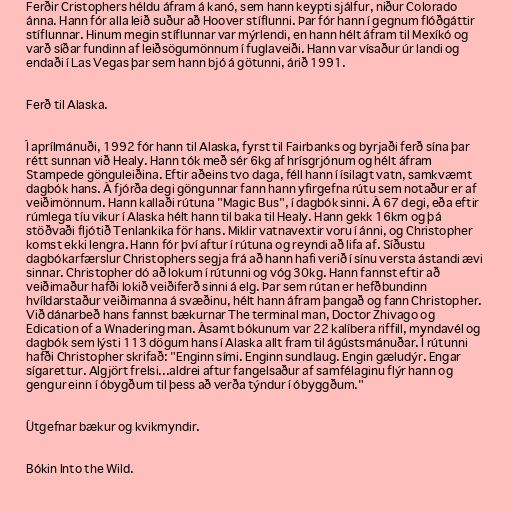
Ferðir Cristophers héldu áfram á kanó, sem hann keypti sjálfur, niður Colorado
ánna. Hann fór alla leið suður að Hoover stíflunni. Þar fór hann í gegnum flóðgáttir
stíflunnar. Hinum megin stíflunnar var mýrlendi, en hann hélt áfram til Mexíkó og
varð síðar fundinn af leiðsögumönnum í fuglaveiði. Hann var vísaður úr landi og
endaði í Las Vegas þar sem hann bjó á götunni, árið 1991.

Ferð til Alaska.

Í aprílmánuði, 1992 fór hann til Alaska, fyrst til Fairbanks og byrjaði ferð sína þar
rétt sunnan við Healy. Hann tók með sér 6kg af hrísgrjónum og hélt áfram
Stampede gönguleiðina. Eftir aðeins tvo daga, féll hann í ísilagt vatn, samkvæmt
dagbók hans. Á fjórða degi göngunnar fann hann yfirgefna rútu sem notaður er af
veiðimönnum. Hann kallaði rútuna "Magic Bus", í dagbók sinni. Á 67 degi, eða eftir
rúmlega tíu vikur í Alaska hélt hann til baka til Healy. Hann gekk 16km og þá
stöðvaði fljótið Tenlankika för hans. Miklir vatnavextir voru í ánni, og Christopher
komst ekki lengra. Hann fór því aftur í rútuna og reyndi að lifa af. Síðustu
dagbókarfærslur Christophers segja frá að hann hafi verið í sínu versta ástandi ævi
sinnar. Christopher dó að lokum í rútunni og vóg 30kg. Hann fannst eftir að
veiðimaður hafði lokið veiðiferð sinni á elg. Þar sem rútan er hefðbundinn
hvíldarstaður veiðimanna á svæðinu, hélt hann áfram þangað og fann Christopher.
Við dánarbeð hans fannst bækurnar The terminal man, Doctor Zhivago og
Edication of a Wnadering man. Ásamt bókunum var 22 kalíbera riffill, myndavél og
dagbók sem lýsti 113 dögum hans í Alaska allt fram til ágústsmánuðar. Í rútunni
hafði Christopher skrifað: "Enginn sími. Enginn sundlaug. Engin gæludýr. Engar
sígarettur. Algjört frelsi...aldrei aftur fangelsaður af samfélaginu flýr hann og
gengur einn í óbygðum til þess að verða týndur í óbyggðum."

Útgefnar bækur og kvikmyndir.

Bókin Into the Wild.